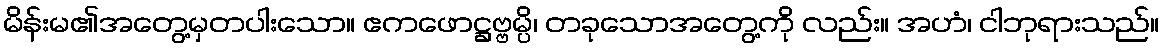
မိန်းမ၏အတွေ့မှတပါးသော။ ဧကဖောဋ္ဌဗ္ဗမ္ပိ၊ တခုသောအတွေ့ကို လည်း။ အဟံ၊ ငါဘုရားသည်။